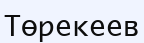
Төрекеев